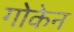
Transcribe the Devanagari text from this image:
गोकेन